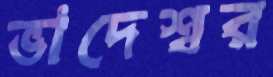
ভাদেশ্বর